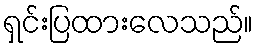
ရှင်းပြထားလေသည်။